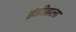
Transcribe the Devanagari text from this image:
इंडीझला